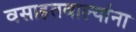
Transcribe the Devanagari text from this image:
वसाहतवाल्यांना